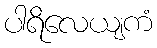
ပါရိလေယျကံ